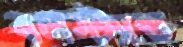
বলস্ট্যান্ড